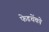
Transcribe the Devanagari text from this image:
फेडचेंको